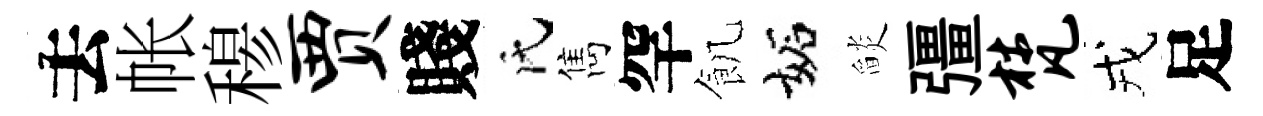
去帐𥠇贾賤氏雋罕飢妬𦦨彊梵戎足